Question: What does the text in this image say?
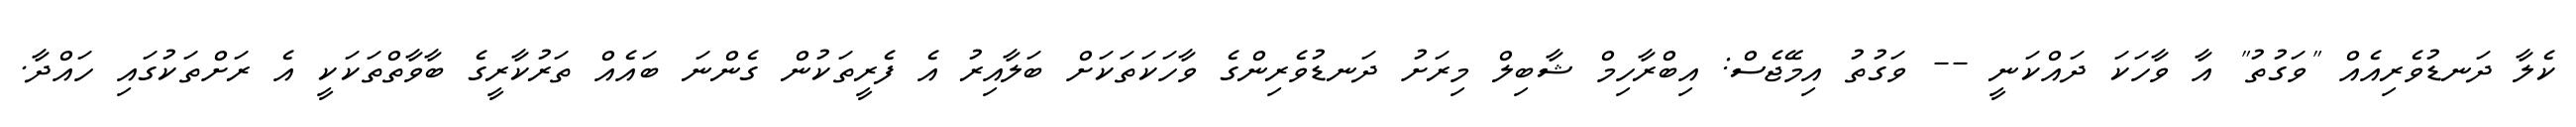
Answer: ކެލާ ދަނޑުވެރިއެއް "ވަގުތު" އާ ވާހަކަ ދައްކަނީ -- ވަގުތު އިމޭޖެސް: އިބްރާހިމް ޝާބިލް މިރަށު ދަނޑުވެރިންގެ ވާހަކަތަކަށް ބަލާއިރު އެ ފެރީތަކުން ގެންނަ ބައެއް ތަރުކާރީގެ ބާވާތްތަކަކީ އެ ރަށްތަކުގައި ހައްދާ.